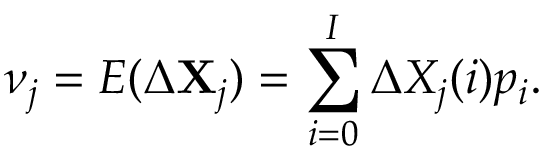
\nu _ { j } = E ( \Delta \mathbf { X } _ { j } ) = \sum _ { i = 0 } ^ { I } \Delta X _ { j } ( i ) p _ { i } .